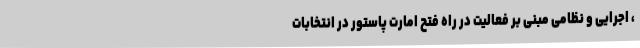
، اجرایی و نظامی مبنی بر فعالیت در راه فتح امارت پاستور در انتخابات